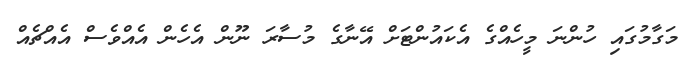
މަގާމުގައި ހުންނަ މީހެއްގެ އެކައުންޓަށް އޭނާގެ މުސާރަ ނޫން އެހެން އެއްވެސް އެއްޗެއް